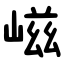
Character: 嵫